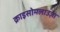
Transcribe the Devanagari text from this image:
क्राइसोमलाउज़ा